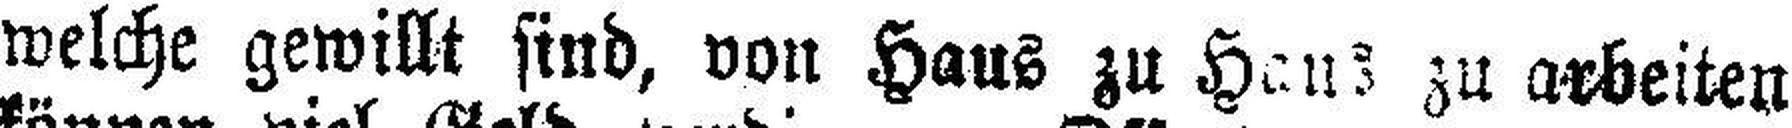
welche gewillt find, von Haus zu Haus zu arbeiten